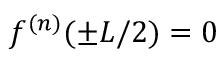
f ^ { ( n ) } ( \pm L / 2 ) = 0